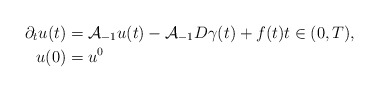
\begin{align*} \partial_{t} u(t) &= \mathcal{A}_{-1} u(t) - \mathcal{A}_{-1} D \gamma(t) + f(t) t \in (0, T), \\ u(0) &= u^{0} \end{align*}